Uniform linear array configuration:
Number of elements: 32
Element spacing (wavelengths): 0.5
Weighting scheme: kaiser
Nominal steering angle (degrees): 0
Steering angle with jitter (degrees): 0.5617
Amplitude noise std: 0.05
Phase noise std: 0.05

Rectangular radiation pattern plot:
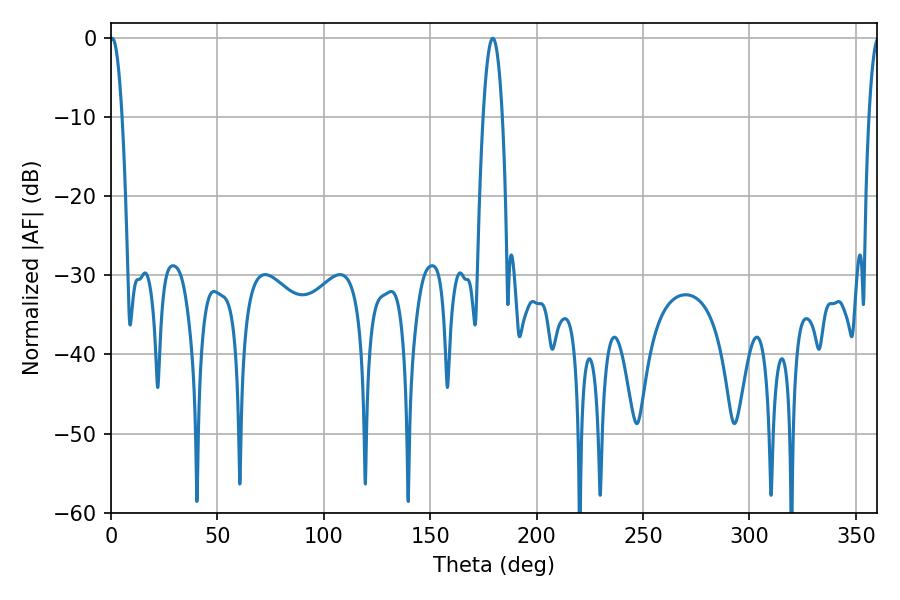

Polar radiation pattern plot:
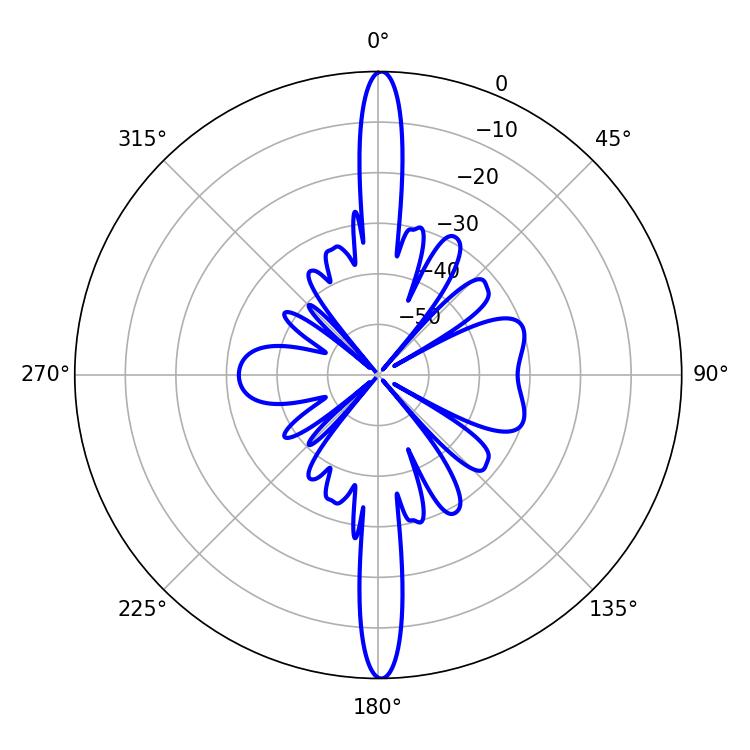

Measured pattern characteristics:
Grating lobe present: FALSE
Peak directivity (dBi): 28.45
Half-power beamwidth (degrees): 3.06
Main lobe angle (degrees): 0.54